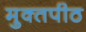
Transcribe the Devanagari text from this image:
मुक्‍तपीठ